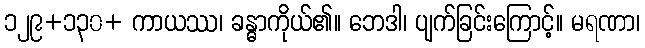
၁၂၉+၁၃၀+ ကာယဿ၊ ခန္ဓာကိုယ်၏။ ဘေဒါ၊ ပျက်ခြင်းကြောင့်။ မရဏာ၊